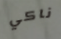
ناكي